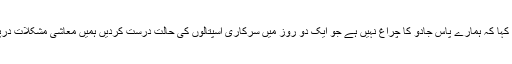
وزیرصحت نے پی ٹی آئی کے خرم شیر زمان کے سوال پر بے بسی کا اظہار کرتے ہوئے کہا کہ ہمارے پاس جادو کا چراغ نہیں ہے جو ایک دو روز میں سرکاری اسپتالوں کی حالت درست کردیں ہمیں معاشی مشکلات درپیش ہیں تاہم کوشش ہے کہ اسپتالوں کی حالت بہتر ہو اور اس کے لیے کام بھی کررہے ہیں۔